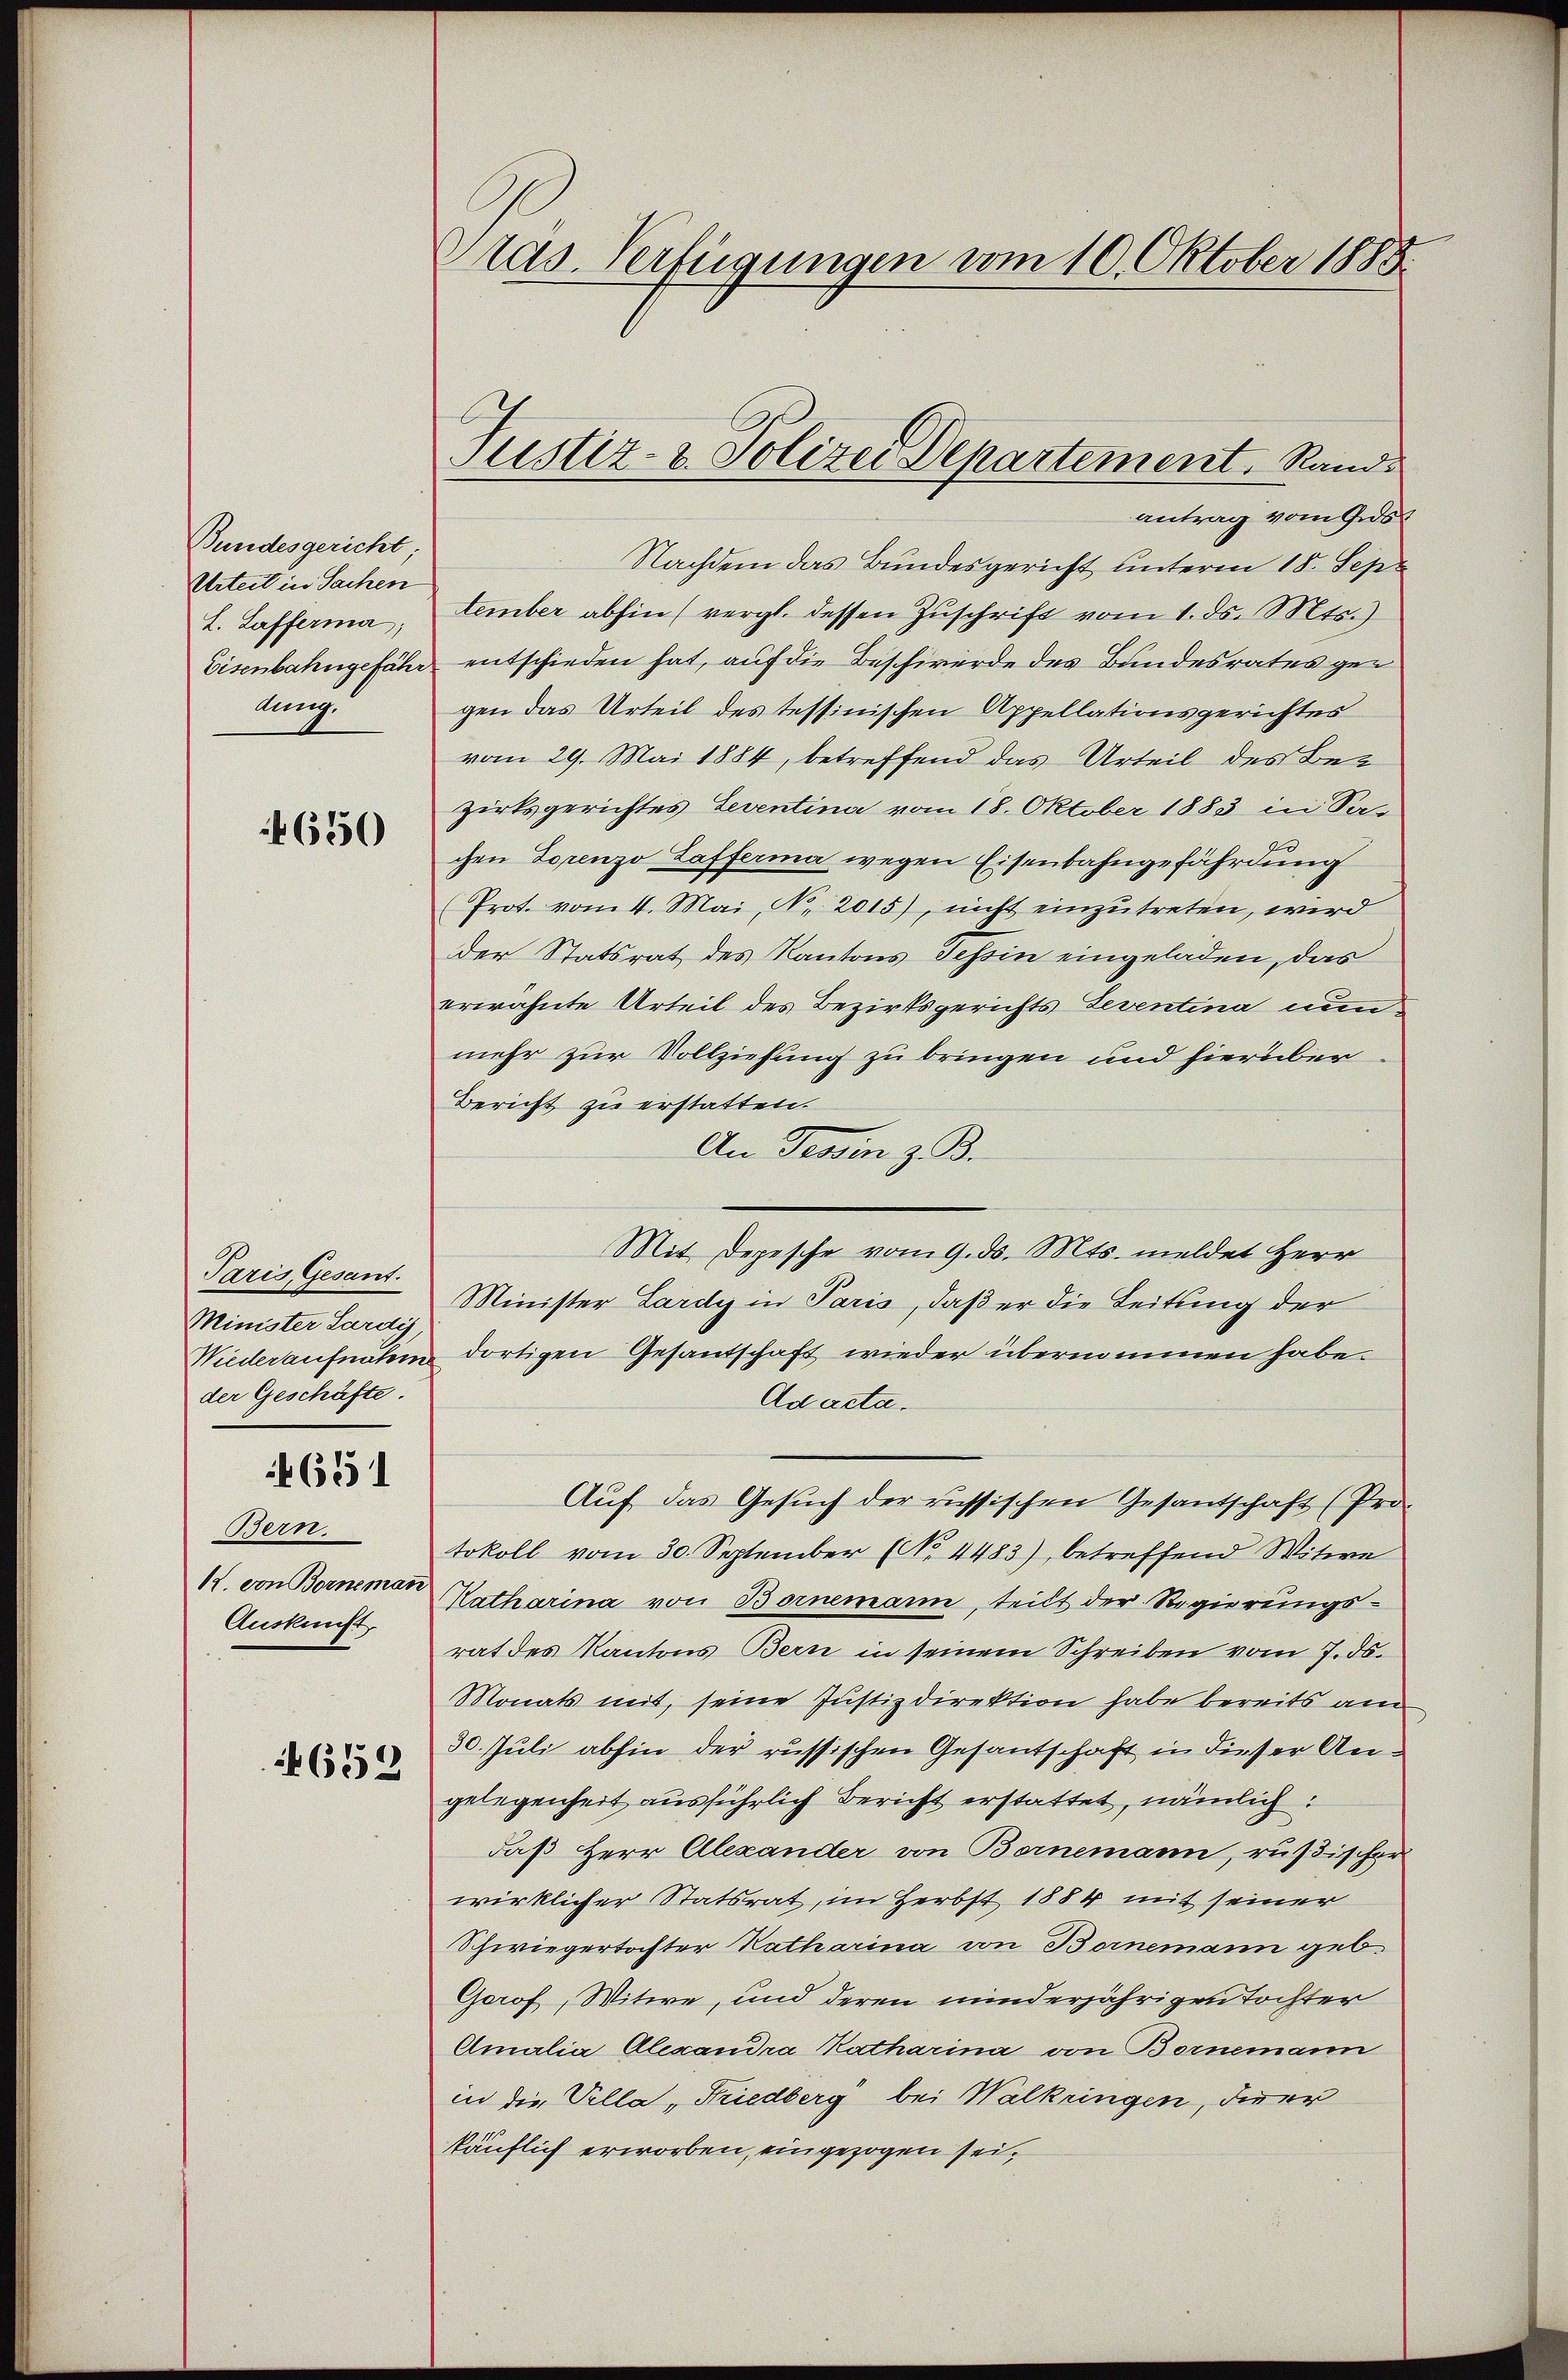
Bundesgericht;
Urteil in Sachen
L. Lafferma
Eisenbahngefähr
lung.

4650

Paris Gesant.
Minister Sardis,
Niederaufnahm
der Geschäfte.

651

Bern.
12. von Bornemann
Auskunft,

652

Pras. Verfügungen vom 10. Oktober 1888.

Justiz- u. Polizei Departement. Rand.

antrag vom Ges
Nachdem das Bundesgericht unterm 18. Sept
tember abhin (vergl. dessen Zuschrift vom 1. ds. Mts.)
entschieden hat, auf die Beschwerde des Bundesrates gegen das Urteil des tessinischen Appellationsgerichtes
vom 29. Mai 1884, betreffend das Urteil des Bez
zirksgerichtes Leventina vom 18. Oktober 1883 in Sachen Lorenzo Lafferma wegen Eisenbahngefährdung
Prot. vom 4. Mai, No. 2015), nicht einzutreten, wird
der Statsrat des Kantons Tessin eingeladen, das
erwähnte Urteil des Bezirksgerichts Leventina nun
mehr zur Vollziehung zu bringen und hierüber
Bericht zu erstatten.
An Tessin z. B.
Mit Depesche vom 9. ds. Mts. meldet Herr
Minister Lardy in Paris, daß er die Leitung der
dortigen Gesantschaft wieder übernommen habe.
Ad acta.
Auf das Gesuch der russischen Gesantschaft (Pro-
tokoll vom 30. September (No. 4483), betreffend Witwe
Katharina von Bornemann, teilt der Regierungs-
rat des Kantons Bern in seinem Schreiben vom 7. ds.
Monats mit, seine Justizdirektion habe bereits am
30. Juli abhin der russischen Gesantschaft in dieser Angelegenheit ausführlich Bericht erstattet, nämlich:
daß Herr Alexander von Bernemann, rüßischer
wirklicher Statsrat, im Herbst 1884 mit seiner
Schwiegertochter Katharina von Bornemann geb.
Gorof, Witwe, und deren minderjährigen Tochter
Amalia Alexandra Katharina von Bornemann
in die Vella, Friedberg bei Walkungen, dieer
käuflich erworben, eingezogen sei,